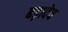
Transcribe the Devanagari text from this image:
बड़ादेव